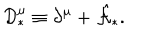
LaTeX: { \cal D } _ { \ast } ^ { \mu } \equiv \partial ^ { \mu } + \hat { \cal A } _ { \ast } .